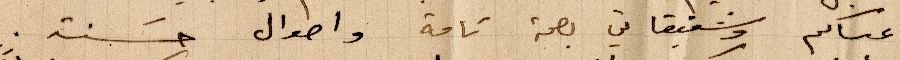
عساكم وشقيقاتي بصحة تامة واحوال حسنة.